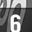
Digit: 6